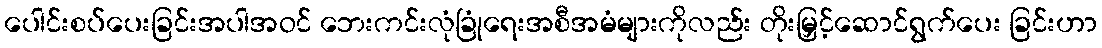
ပေါင်းစပ်ပေးခြင်းအပါအဝင် ဘေးကင်းလုံခြုံရေးအစီအမံများကိုလည်း တိုးမြှင့်ဆောင်ရွက်ပေး ခြင်းဟာ